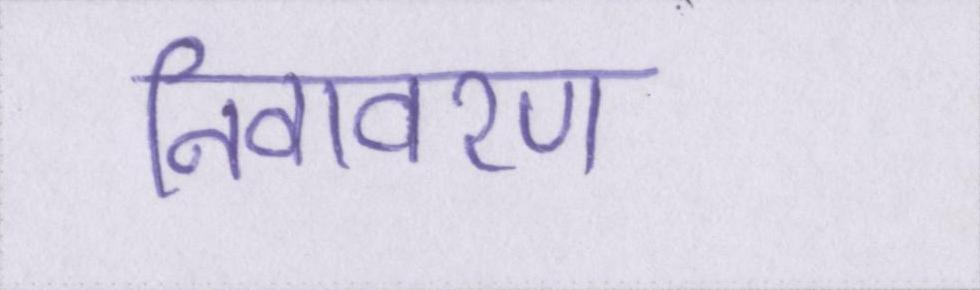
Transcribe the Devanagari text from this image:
निवावरण